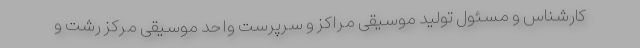
کارشناس و مسئول تولید موسیقی مراکز و سرپرست واحد موسیقی مرکز رشت و